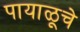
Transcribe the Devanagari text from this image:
पायाळूचे